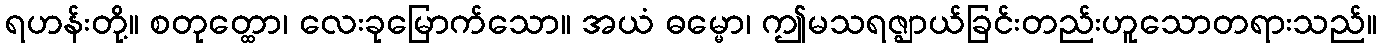
ရဟန်းတို့။ စတုတ္ထော၊ လေးခုမြောက်သော။ အယံ ဓမ္မော၊ ဤမသရဇ္ဈာယ်ခြင်းတည်းဟူသောတရားသည်။